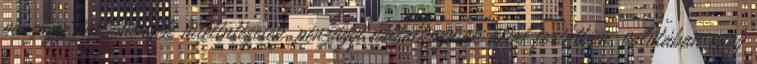
pénzügyi intézmények hitelintézetek, pénzügyi vállalkozások által forintban, valutában vagy